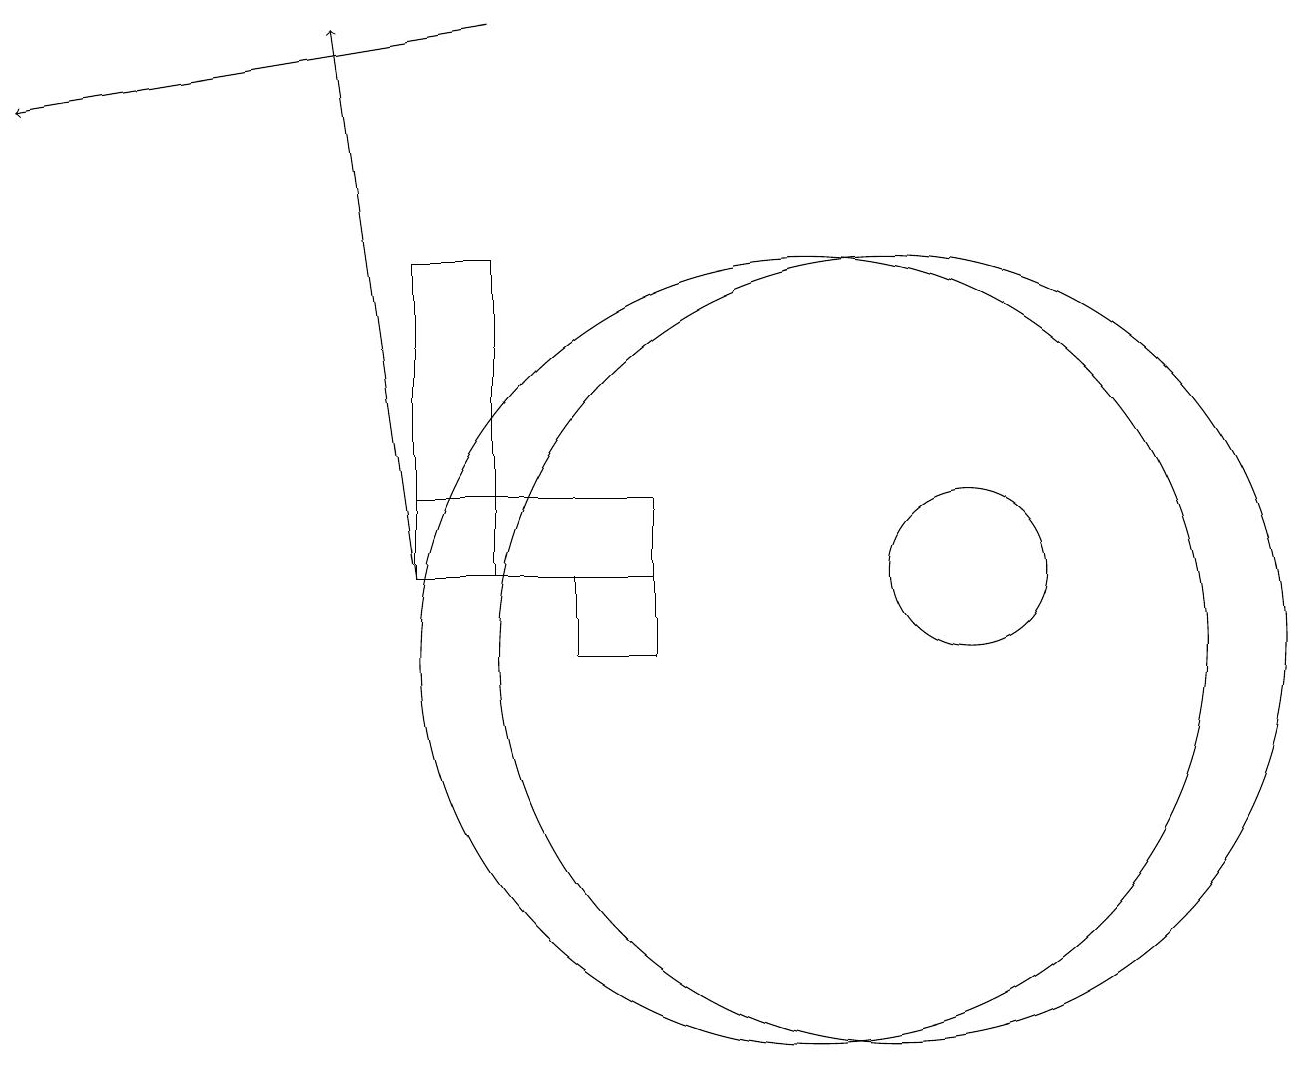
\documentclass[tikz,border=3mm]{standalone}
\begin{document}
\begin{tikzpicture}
\draw (12,12) circle (1);
\draw (7,12) rectangle (8,11);
\draw (5,12) rectangle (8,13);
\draw[->] (6,19) -- (0,18);
\draw[->] (5,12) -- (4,19);
\draw (10,11) circle (5);
\draw (11,11) circle (5);
\draw (6,16) rectangle (5,12);
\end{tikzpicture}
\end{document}